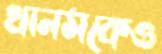
খানমকেও